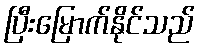
ပြီးမြောက်နိုင်သည်